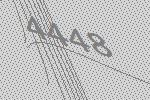
4448